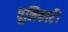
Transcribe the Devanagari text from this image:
चूलिकाएँ।